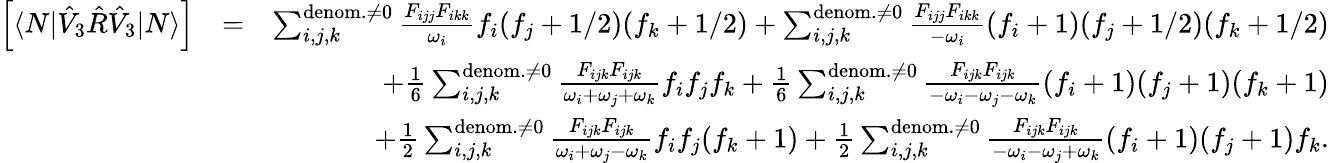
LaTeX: \begin{array}{rlr}{\left[\langle N|\hat{V}_{3}\hat{R}\hat{V}_{3}|N\rangle\right]}&{=}&{\sum_{i,j,k}^{{\mathrm{denom.}\neq 0}}\frac{{F}_{ijj}{F}_{ikk}}{\omega_{i}}f_{i}(f_{j}+1/2)(f_{k}+1/2)+\sum_{i,j,k}^{{\mathrm{denom.}\neq 0}}\frac{{F}_{ijj}{F}_{ikk}}{-\omega_{i}}(f_{i}+1)(f_{j}+1/2)(f_{k}+1/2)}\\ &{}&{+\frac{1}{6}\sum_{i,j,k}^{\mathrm{denom.}\neq 0}\frac{{F}_{ijk}{F}_{ijk}}{\omega_{i}+\omega_{j}+\omega_{k}}f_{i}f_{j}f_{k}+\frac{1}{6}\sum_{i,j,k}^{\mathrm{denom.}\neq 0}\frac{{F}_{ijk}{F}_{ijk}}{-\omega_{i}-\omega_{j}-\omega_{k}}(f_{i}+1)(f_{j}+1)(f_{k}+1)}\\ &{}&{+\frac{1}{2}\sum_{i,j,k}^{\mathrm{denom.}\neq 0}\frac{{F}_{ijk}{F}_{ijk}}{\omega_{i}+\omega_{j}-\omega_{k}}f_{i}f_{j}(f_{k}+1)+\frac{1}{2}\sum_{i,j,k}^{\mathrm{denom.}\neq 0}\frac{{F}_{ijk}{F}_{ijk}}{-\omega_{i}-\omega_{j}+\omega_{k}}(f_{i}+1)(f_{j}+1)f_{k}.}\end{array}